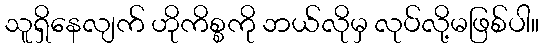
သူရှိနေလျက် ဟိုကိစ္စကို ဘယ်လိုမှ လုပ်လို့မဖြစ်ပါ။